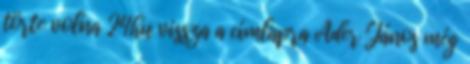
törte volna 24hu vissza a címlapra Áder János még